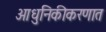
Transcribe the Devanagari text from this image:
आधुनिकीकरणात